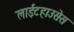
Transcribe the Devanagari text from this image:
लाईटहाउसेस